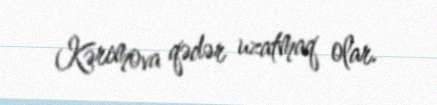
Kərimova qədər uzatmaq olar.